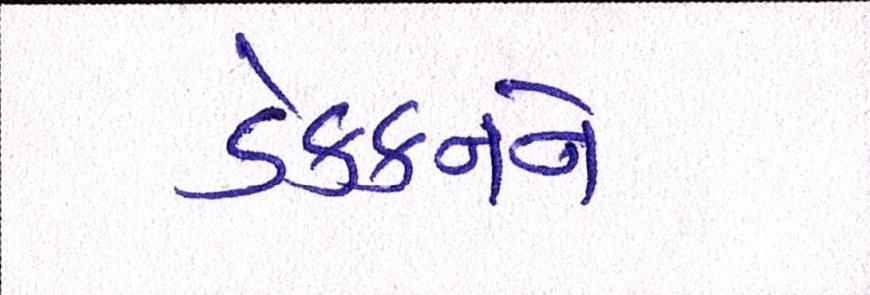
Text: ડેક્કનને